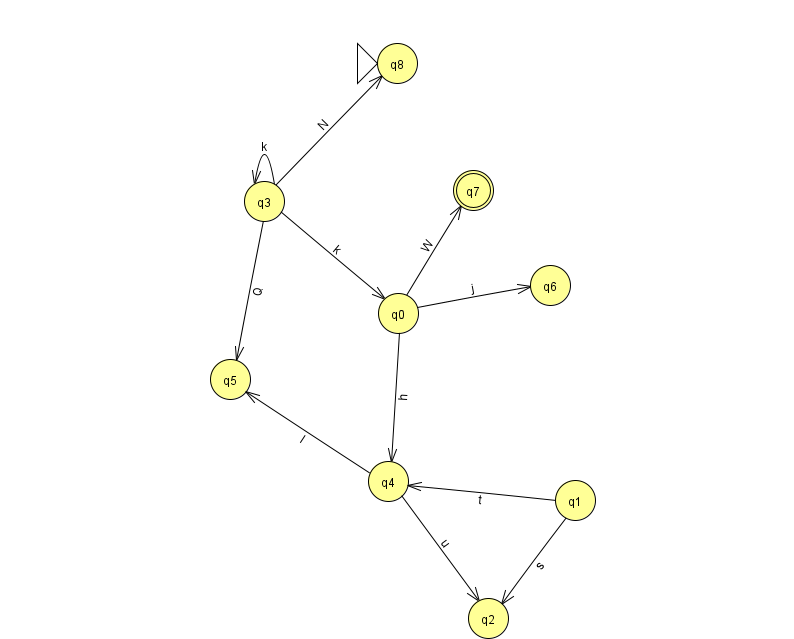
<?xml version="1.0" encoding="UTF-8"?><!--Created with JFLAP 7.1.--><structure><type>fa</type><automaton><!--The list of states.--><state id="0" name="q0"><x>398.0</x><y>300.0</y></state><state id="1" name="q1"><x>575.0</x><y>487.0</y></state><state id="2" name="q2"><x>488.0</x><y>605.0</y></state><state id="3" name="q3"><x>264.0</x><y>188.0</y></state><state id="4" name="q4"><x>388.0</x><y>468.0</y></state><state id="5" name="q5"><x>230.0</x><y>366.0</y></state><state id="6" name="q6"><x>550.0</x><y>272.0</y></state><state id="7" name="q7"><x>473.0</x><y>177.0</y><final/></state><state id="8" name="q8"><x>397.0</x><y>50.0</y><initial/></state><!--The list of transitions.--><transition><from>4</from><to>2</to><read>u</read></transition><transition><from>3</from><to>8</to><read>N</read></transition><transition><from>3</from><to>5</to><read>Q</read></transition><transition><from>0</from><to>4</to><read>h</read></transition><transition><from>3</from><to>0</to><read>k</read></transition><transition><from>1</from><to>2</to><read>s</read></transition><transition><from>1</from><to>4</to><read>t</read></transition><transition><from>4</from><to>5</to><read>l</read></transition><transition><from>0</from><to>6</to><read>j</read></transition><transition><from>3</from><to>3</to><read>k</read></transition><transition><from>0</from><to>7</to><read>W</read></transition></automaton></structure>